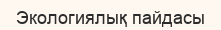
Экологиялық пайдасы